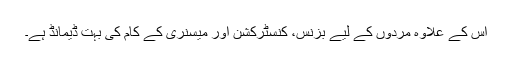
اس کے علاوہ مردوں کے لیے بزنس، کنسٹرکشن اور میسنری کے کام کی بہت ڈیمانڈ ہے۔